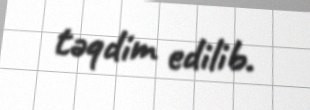
təqdim edilib.